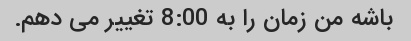
باشه من زمان را به 8:00 تغییر می دهم.